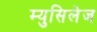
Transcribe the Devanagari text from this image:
म्युसिलेज